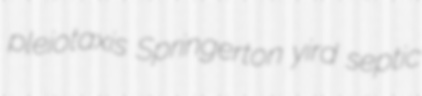
pleiotaxis Springerton yird septic